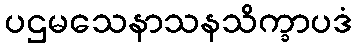
ပဌမသေနာသနသိက္ခာပဒံ